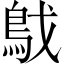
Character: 𩿙